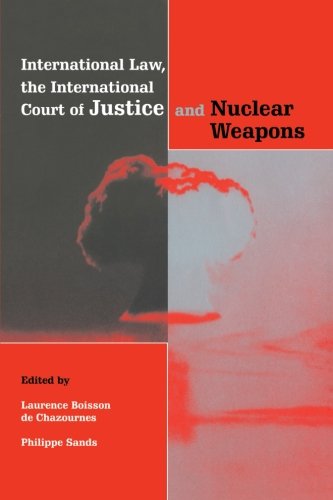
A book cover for International Law, the International Court of Justice and Nuclear Weapons; Law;